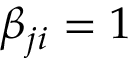
\beta _ { j i } = 1